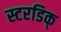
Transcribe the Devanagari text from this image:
स्टरडिक्